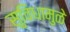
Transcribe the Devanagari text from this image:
सुविधामुळे